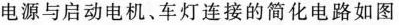
电源与启动电机、车灯连接的简化电路如图